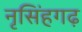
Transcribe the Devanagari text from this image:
नृसिंहगढ़